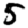
Digit: 5